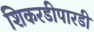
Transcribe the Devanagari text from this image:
शिकरडीपारडी